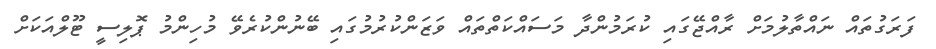
ފަރަގުތައް ނައްތާލުމަށް ރާއްޖޭގައި ކުރަމުންދާ މަސައްކަތްތައް ވަޒަންކުރުމުގައި ބޭނުންކުރެވޭ މުހިންމު ޕޮލިސީ ޓޫލްއަކަށް